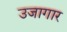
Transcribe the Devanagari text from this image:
उजागार